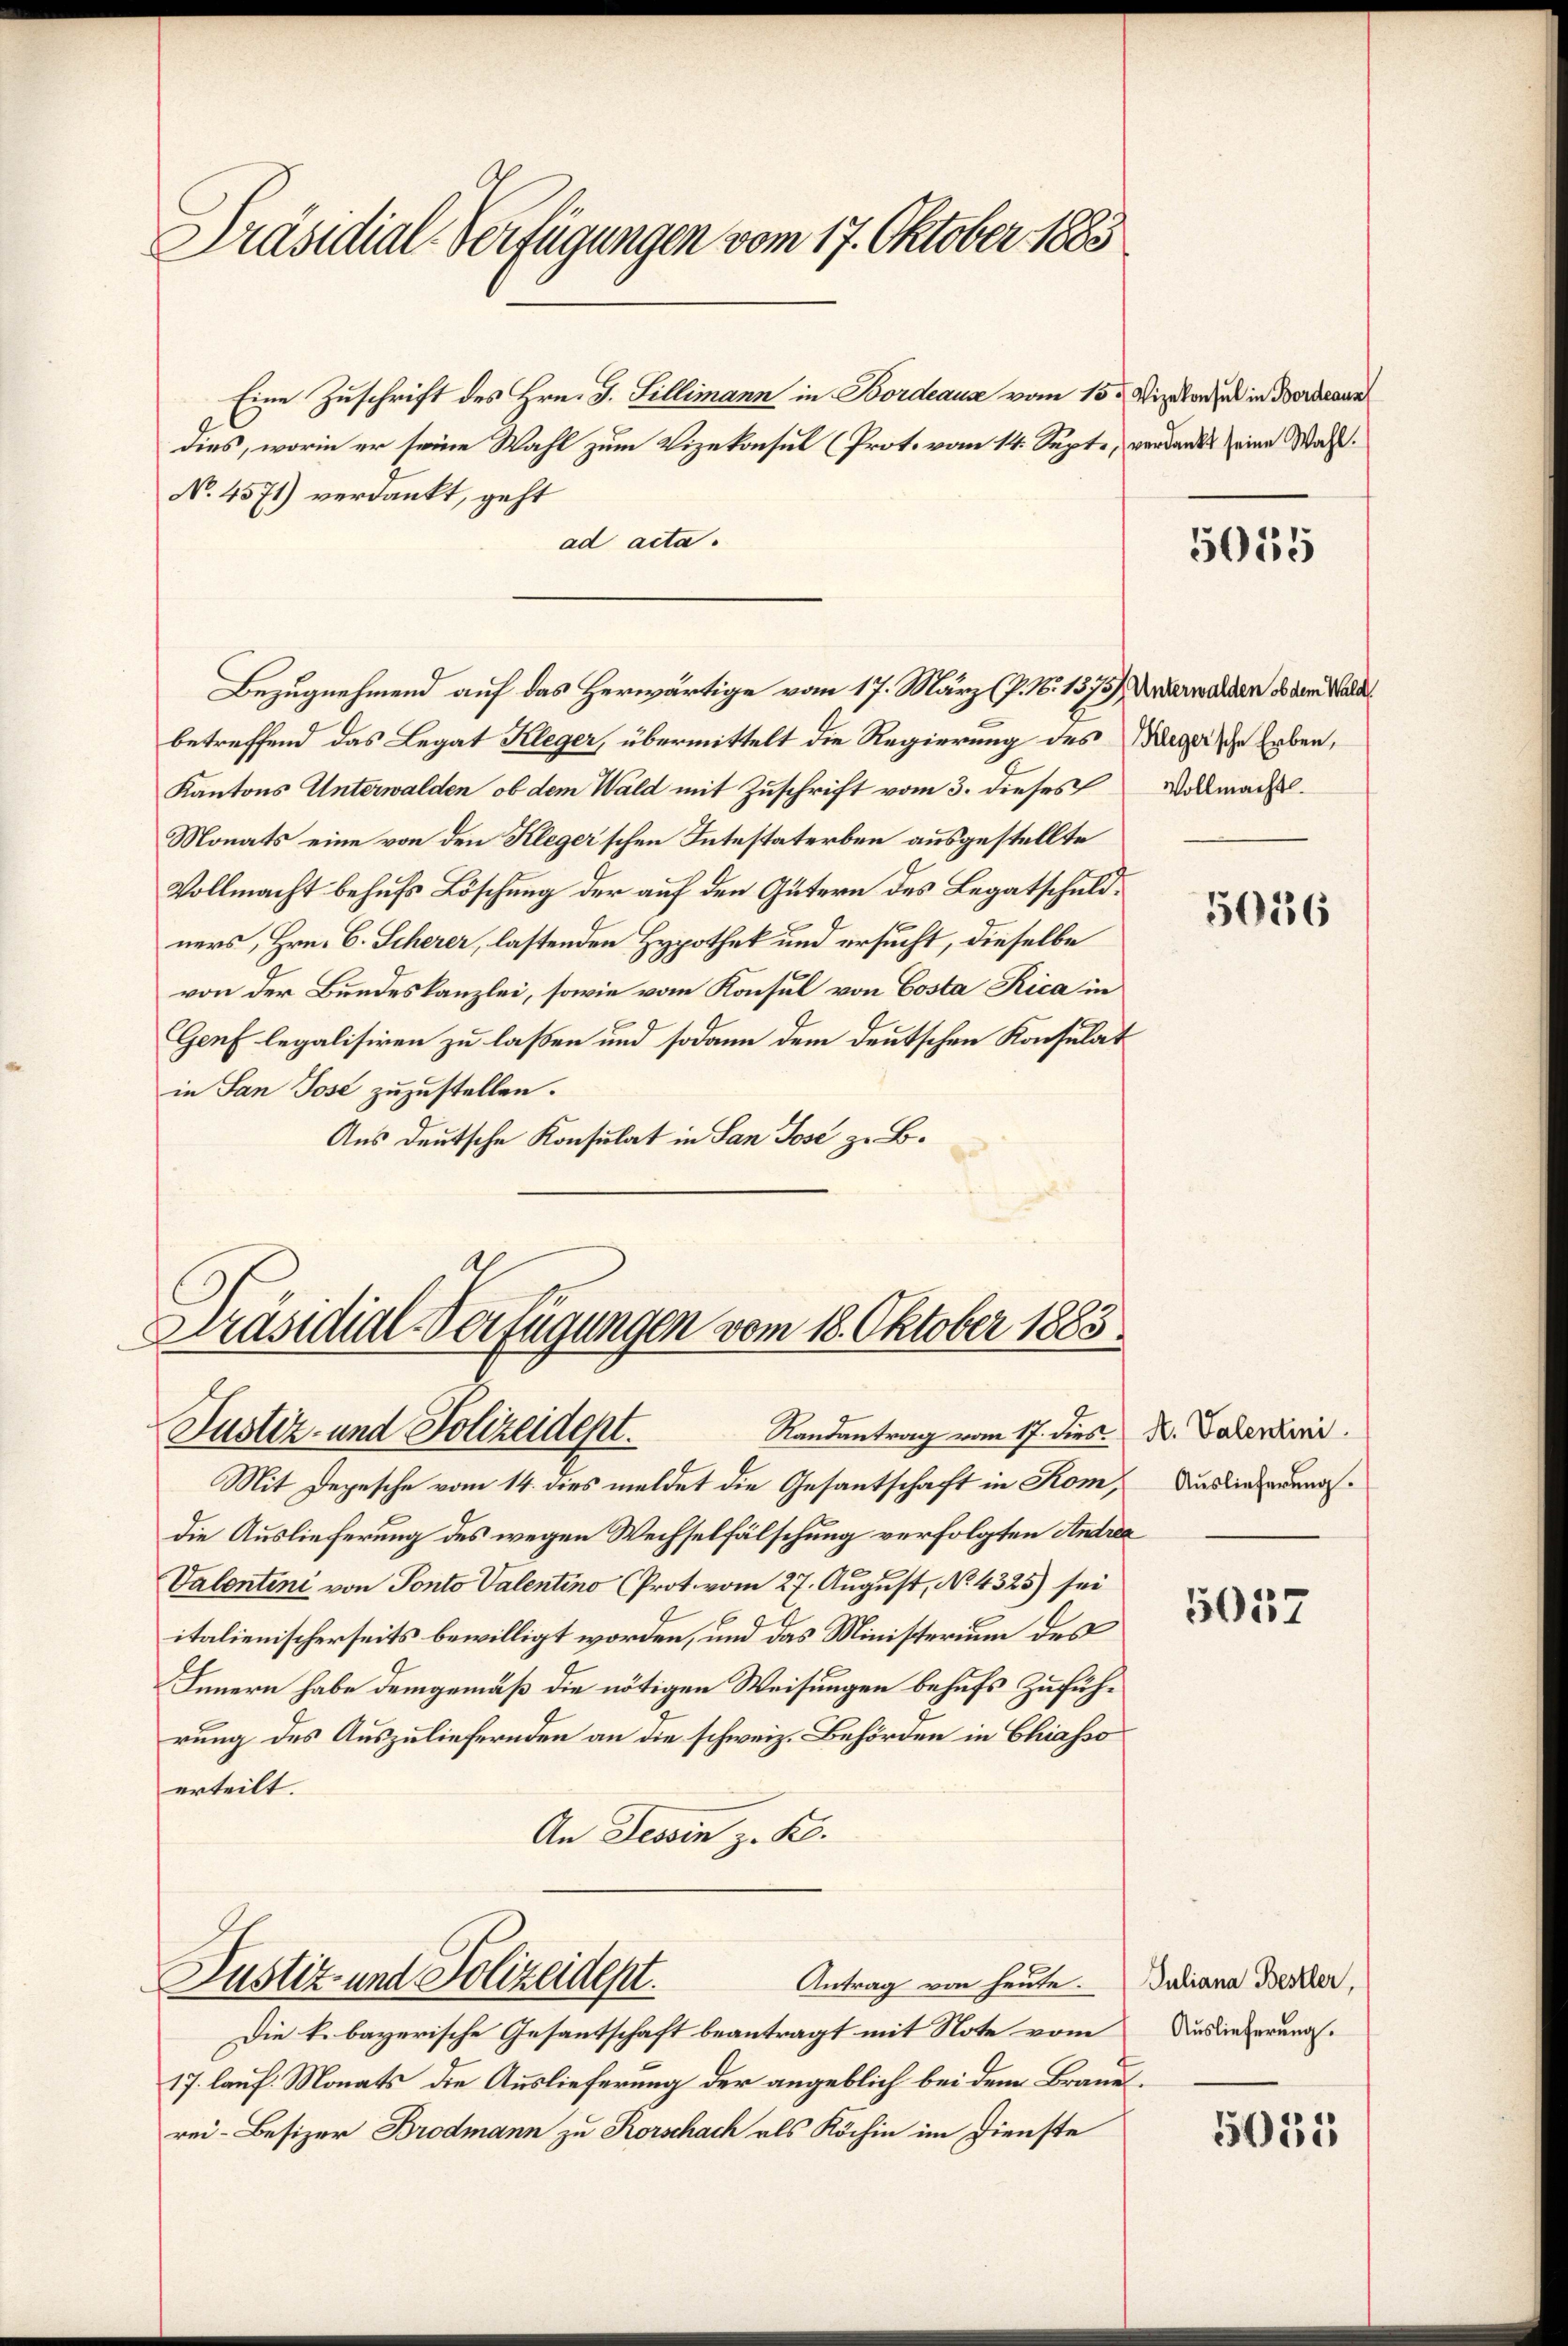
Präsidial-Verfügungen vom 17. Oktober 1885

Eine Zuschrift des Hrn. G. Billimann in Bordeaus vom 15. Vizekonsul in Verkann
dies, worin er seine Wahl zum Vizekonsul (Prot. vom 14. Sept., verdankt eine Wal¬
No. 4571) verdankt, geht
ad acta.
Bezugnehmend auf das Herwärtige vom 17. März (P. N. 1575) Unterwalden es dem Walden
betreffend das Legat Kleger, übermittelt die Regierung des Begeische Erben,
Kantons Unterwalden, ob dem Wald mit Zuschrift vom 3. dieses Vollmach¬
Monats eine von den Kleger’schen Intestaterben ausgestellte
Vollmacht behufs Löschung der auf den Gütern des Legatschuldners, Hrn. C. Scherer, lastenden Hypothek und ersucht, dieselbe
von der Bundeskanzlei, sowie vom Konsul von Costa Rica in
Genf legalisiren zu laßen und sodann dem deutschen Konsulat
in San Jose zuzustellen.
Aus deutsche Konsulat in San Jose zu B.

Präsidial-Verfügungen vom 18. Oktober 1883
Randantrag vom 17. dies N. Valentini.
Justiz- und Polizeidept.

Justiz- und Polizeidept.

Antrag von heute.
Die k. bayerische Gesantschaft beantragt mit Note vom
17. lauf. Monats die Auslieferung der angeblich bei dem Brauerei-Besizer Brodmann zu Rorschach als Köchin im Dienste

Mit Depesche vom 14. dies meldet die Gesantschaft in Kom,
die Auslieferung des wegen Wechselfälschung verfolgten Andrea
Valentini von Ponto Valentino Prot. vom 27. August, No. 4325) sei
italienischerseits bewilligt worden, und das Ministerium des
Innern habe demgemäß die nötigen Weisungen behufs Zuführung des Auszuliefernden an die schweiz. Behörden in Chiasso
erteilt.
An Tessin z. B.

5055

5036

Auslieferung.

5017

Juliana Bestler,
Auslieferung.

5035